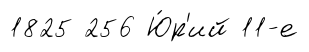
1825 256 Ю́р'ий 11-е